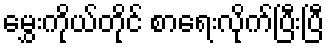
မွှေးကိုယ်တိုင် စာရေးလိုက်ပြီးပြီ